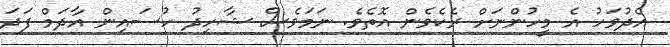
އެދުވަހު އެ މީހުންނަށް ރެކެވެން އޮތެވެ. ނަމަވެސް ޝާހިދު ހުސައިން އާދަމް ފަދަ